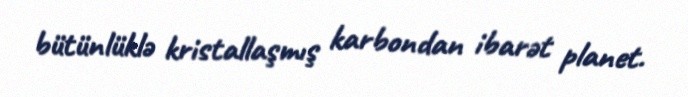
bütünlüklə kristallaşmış karbondan ibarət planet.